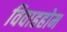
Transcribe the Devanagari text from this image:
विवाहहोम